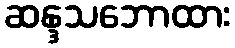
ဆန္ဒသဘောထား